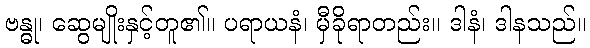
ဗန္ဓု၊ ဆွေမျိုးနှင့်တူ၏။ ပရာယနံ၊ မှီခိုရာတည်း။ ဒါနံ၊ ဒါနသည်။